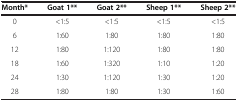
| Month* | Goat 1** | Goat 2** | Sheep 1** | Sheep 2** |
 | --- | --- | --- | --- | --- |
 | 0 | <1:5 | <1:5 | <1:5 | <1:5 |
 | 6 | 1:60 | 1:80 | 1:80 | 1:80 |
 | 12 | 1:80 | 1:120 | 1:80 | 1:80 |
 | 18 | 1:60 | 1:320 | 1:10 | 1:20 |
 | 24 | 1:30 | 1:120 | 1:30 | 1:20 |
 | 28 | 1:80 | 1:80 | 1:30 | 1:60 |